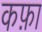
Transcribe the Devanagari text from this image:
कफ़ा